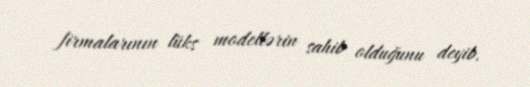
firmalarının lüks modellərin sahib olduğunu deyib.